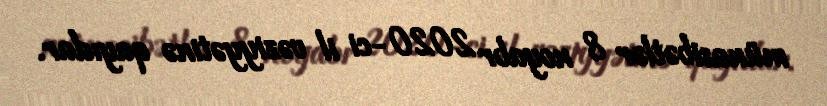
münasibətlər 8 noyabr 2020-ci il vəziyyətinə qayıdar.